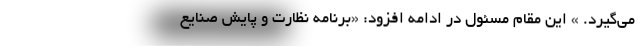
می‌گیرد. » این مقام مسئول در ادامه افزود: «برنامه نظارت و پایش صنایع